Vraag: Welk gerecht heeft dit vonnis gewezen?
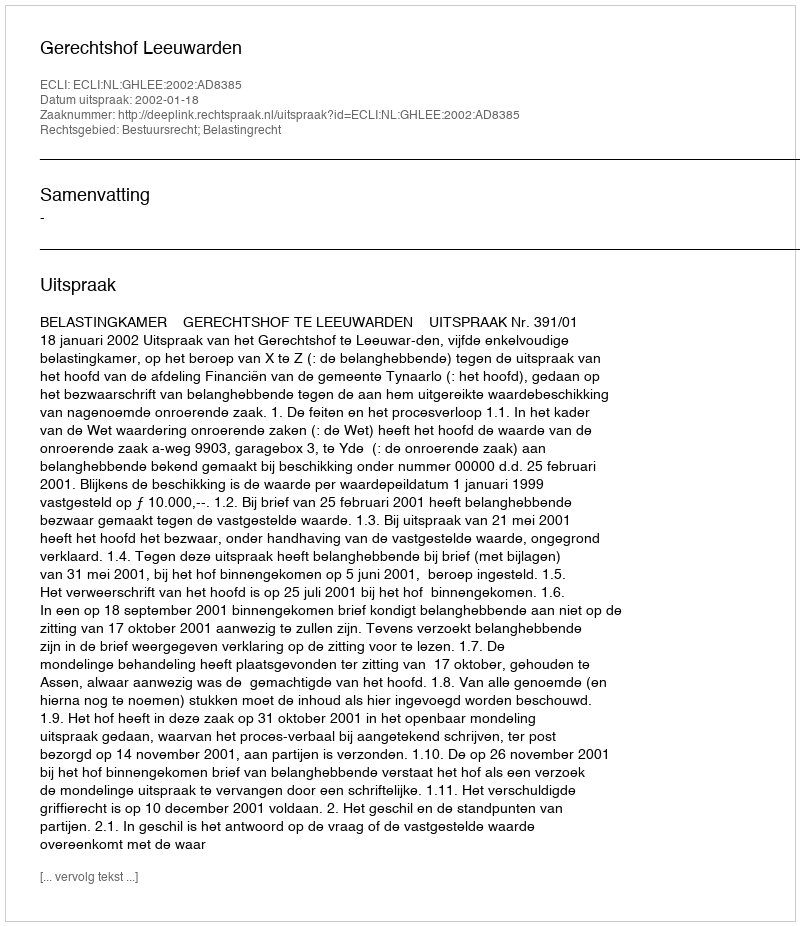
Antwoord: Gerechtshof Leeuwarden